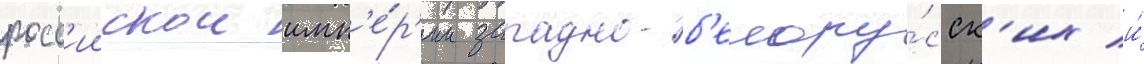
росс'иискои имп'е́р'ии западно-б'елору́сск'их и́